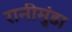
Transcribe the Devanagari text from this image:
रानीमुंडा